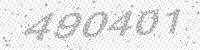
Solution: 490401